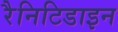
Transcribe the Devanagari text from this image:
रैनिटिडाइन